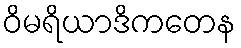
ဝိမရိယာဒိကတေန